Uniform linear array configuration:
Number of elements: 32
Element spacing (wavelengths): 1
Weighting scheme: cosine
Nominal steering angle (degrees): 30
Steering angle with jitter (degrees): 30.819
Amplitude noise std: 0.05
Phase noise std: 0.05

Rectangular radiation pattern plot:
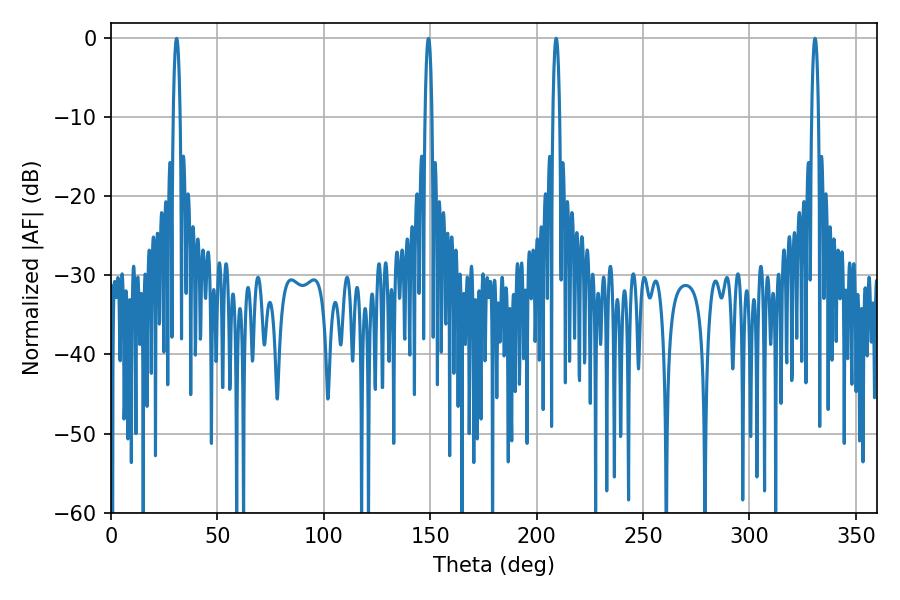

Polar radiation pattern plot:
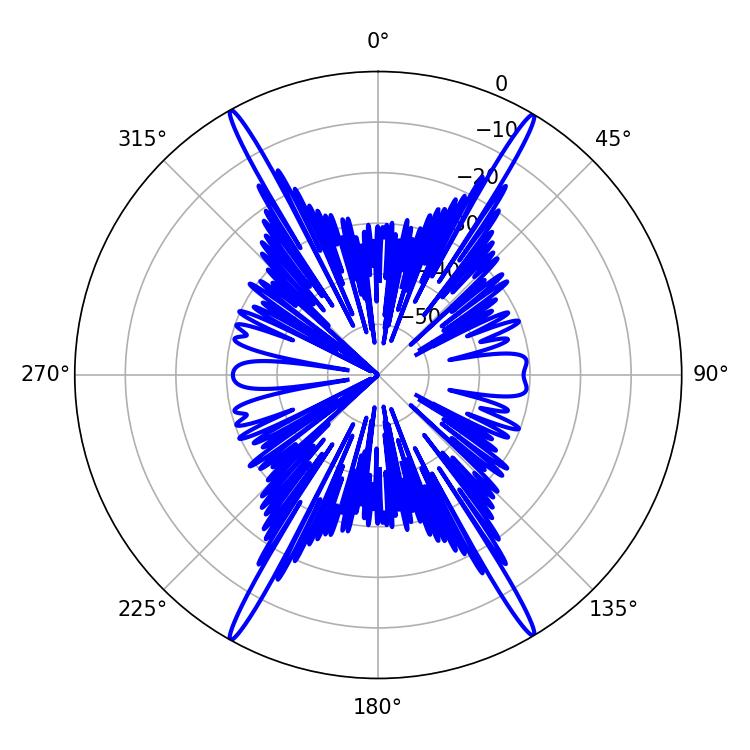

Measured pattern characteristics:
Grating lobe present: TRUE
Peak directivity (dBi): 29.194
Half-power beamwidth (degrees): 1.8
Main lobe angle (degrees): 209.16